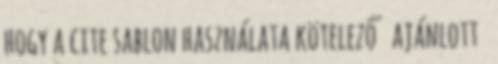
hogy a cite sablon használata kötelező ajánlott